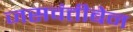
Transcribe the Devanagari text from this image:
जसवंतीबेन